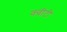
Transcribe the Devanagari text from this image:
क्‍वीटी